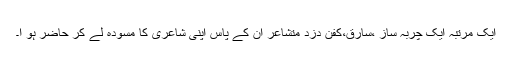
ایک مرتبہ ایک چربہ ساز ،سارق،کفن دزد متشاعر ان کے پاس اپنی شاعری کا مسودہ لے کر حاضر ہو ا۔